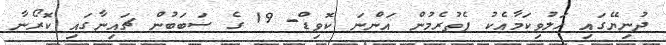
ދުނިޔޭގައި ހަލުވިކަމާއެކު ފެތުރެމުން އަންނަ ކޮވިޑް- 19 ގެ ސަބަބުން ޗައިނާގައި ކޮރޯނާ